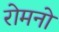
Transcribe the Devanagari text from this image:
रोमनो